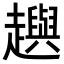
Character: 𧾚